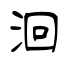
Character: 洄